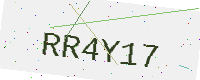
Text: RR4Y17